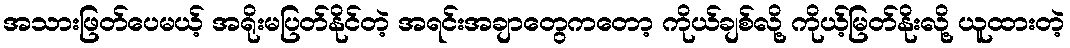
အသားဖြတ်ပေမယ့် အရိုးမပြတ်နိုင်တဲ့ အရင်းအချာတွေကတော့ ကိုယ်ချစ်လို့ ကိုယ့်မြတ်နိုးလို့ ယူထားတဲ့